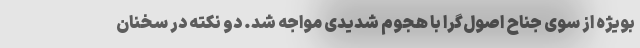
بویژه از سوی جناح اصول‌گرا با هجوم شدیدی مواجه شد. دو نکته در سخنان